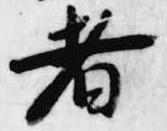
者